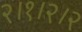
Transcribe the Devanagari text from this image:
२।१।२।२